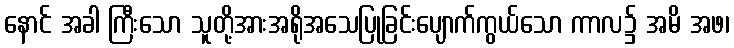
နောင် အခါ ကြီးသော သူတို့အားအရိုအသေပြုခြင်းပျောက်ကွယ်သော ကာလ၌ အမိ အဖ၊